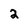
Character: 2